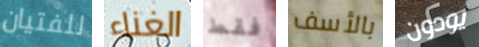
للفتيان الغناء فقط بالأسف يودون